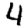
Digit: 4